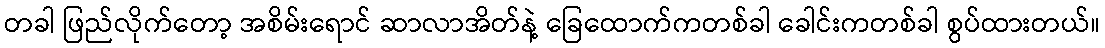
တခါ ဖြည်လိုက်တော့ အစိမ်းရောင် ဆာလာအိတ်နဲ့ ခြေထောက်ကတစ်ခါ ခေါင်းကတစ်ခါ စွပ်ထားတယ်။